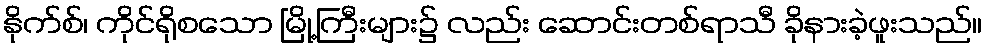
နိုက်စ်၊ ကိုင်ရိုစသော မြို့ကြီးများ၌ လည်း ဆောင်းတစ်ရာသီ ခိုနားခဲ့ဖူးသည်။